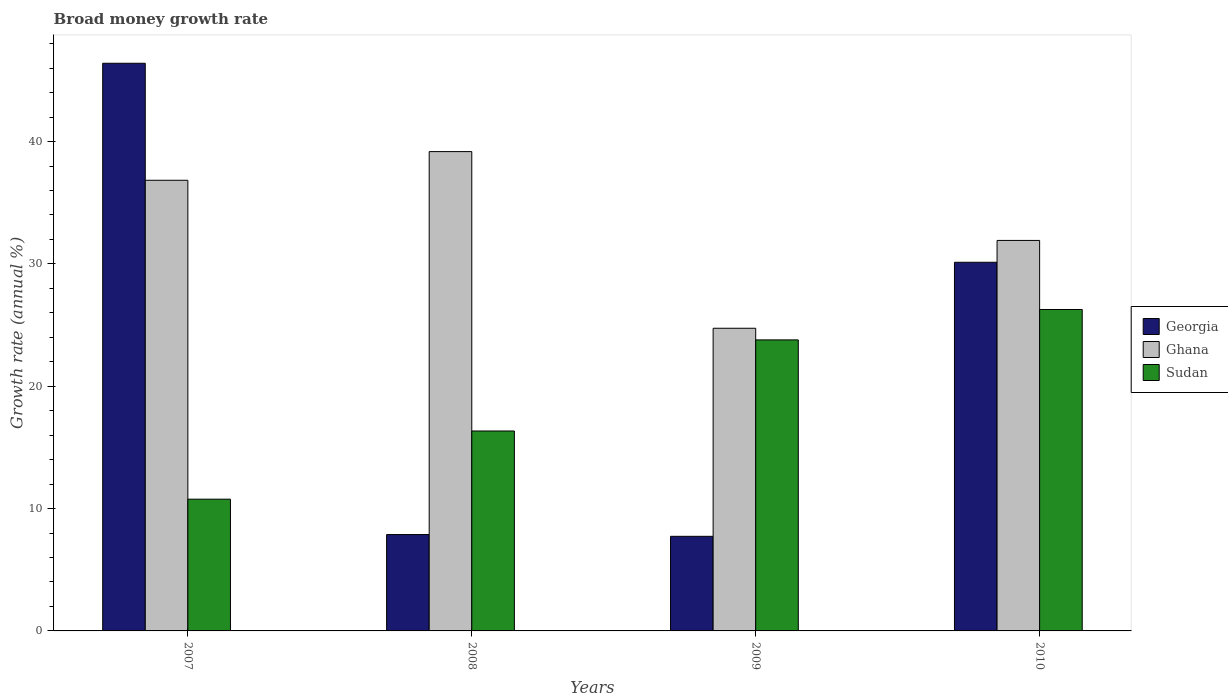
| Years | Georgia | Ghana | Sudan |
 | --- | --- | --- | --- |
 | 2007 | 46.4 | 36.8 | 10.8 |
 | 2008 | 7.88 | 39.2 | 16.3 |
 | 2009 | 7.73 | 24.7 | 23.8 |
 | 2010 | 30.1 | 31.9 | 26.3 |